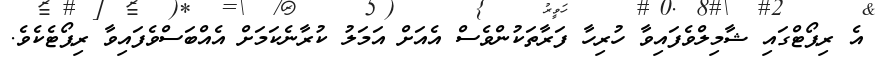
އެ ރިޕޯޓްގައި ޝާމިލްވެފައިވާ ހުރިހާ ފަރާތަކުންވެސް އެއަށް އަމަލު ކުރާނެކަމަށް އެއްބަސްވެފައިވާ ރިޕޯޓެކެވެ.